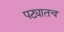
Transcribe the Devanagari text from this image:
पट्यातच